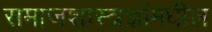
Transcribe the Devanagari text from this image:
समाजशास्त्रज्ञांमधील